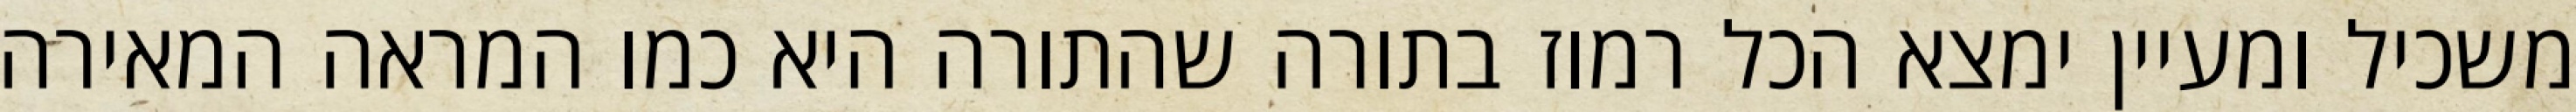
משכיל ומעיין ימצא הכל רמוז בתורה שהתורה היא כמו המראה המאירה